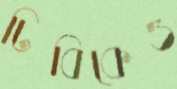
ঢিবিকেও